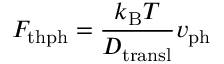
{ F } _ { \mathrm { t h p h } } = \frac { k _ { \mathrm { B } } T } { D _ { \mathrm { t r a n s l } } } { v } _ { \mathrm { p h } }